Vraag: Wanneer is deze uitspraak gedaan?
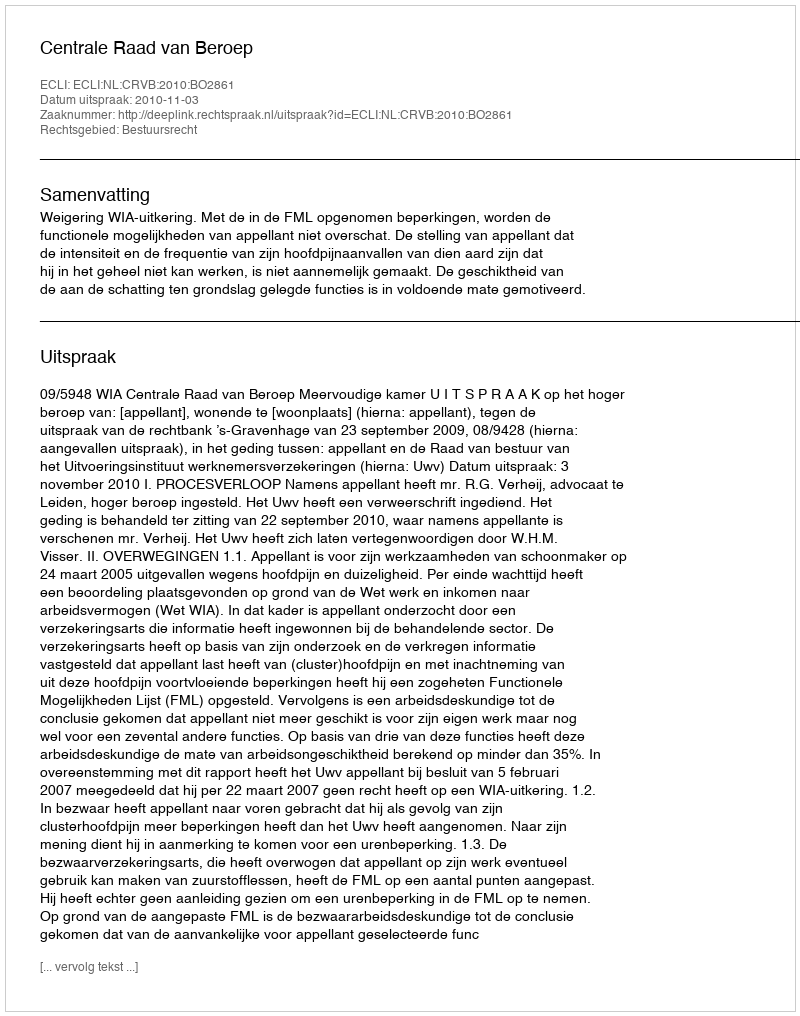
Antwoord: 2010-11-03